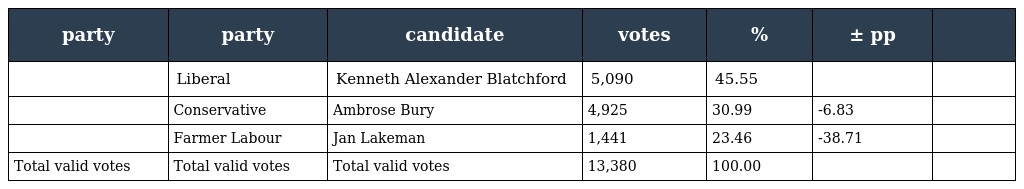
| party | party | candidate | votes | % | ± pp |  |
 | --- | --- | --- | --- | --- | --- | --- |
 |  | Liberal | Kenneth Alexander Blatchford | 5,090 | 45.55 |  |  |
 |  | Conservative | Ambrose Bury | 4,925 | 30.99 | -6.83 |  |
 |  | Farmer Labour | Jan Lakeman | 1,441 | 23.46 | -38.71 |  |
 | Total valid votes | Total valid votes | Total valid votes | 13,380 | 100.00 |  |  |